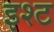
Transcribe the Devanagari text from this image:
इश्ट